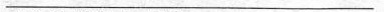
___